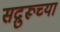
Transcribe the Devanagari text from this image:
सद्गुरूच्या